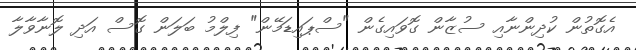
އެގޮތުން ކުދިންނާއި ސުޒާން ގޮވައިގެން "ސްޕައިޑަމޭން" ފިލްމު ބަލަން ގޮސް އަދި ލޮނާވާލާ